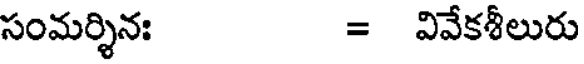
సంమర్శినః = వివేకశీలురు